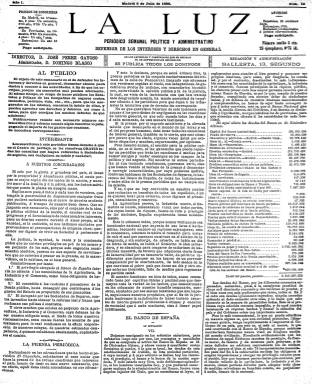
Título: La Luz (Madrid. 1888)
Colección: Periódicos
Ámbito geográfico: Madrid
Lugar de publicación: Madrid
Fechas: 08/07/1888-31/03/1889

Este semanario continúa la secuencia, formato y diseño  de El Capuchón, así como su contenido, pues su objeto es  “defender los intereses y derechos en general, denunciar abusos para darlos a conocer a las autoridades…”. Y más concretamente: “hacer públicos los estatutos y pólizas de las compañías de seguros contra incendios,  pedrisco, vida, etc, para que los asegurados en las mismas conozcan la índole de ellas y puedan apreciar sus derechos y deberes, así como a éstas para que corrijan los muchos defectos de que adolecen”.

   Dirigido ahora por el economista José Pérez Gayoso, en su primer número con el nuevo título, de 8 de julio de 1888,  avisa a sus suscriptores que tienen derecho a que en el Centro de peritaje se les resuelvan gratis todas las consultas que hagan referentes a sociedades de seguros. Este centro pericial, dirigido por José Medina y Heredia, que era antes el director de El Capuchón,  se declara primero y único en España e informa así de su funcionamiento: “cuando ocurra un incendio, el asegurado, antes de hacerlo a la compañía aseguradora, avisará inmediatamente a este centro, quien le instruirá de sus derechos y obligaciones, a más de los que aparezcan de la póliza del seguro, porque éstos ya  sabe todo el mundo que sólo favorecen a las Compañías”.

   Es pues una publicación de defensa de los consumidores, una de las primeras de España, y no duda es manifestar su compromiso en combatir los privilegios del Banco de España, de los rentistas o poseedores de Deuda pública, “hasta conseguir que contribuyan a los gastos del Estado en proporción a sus ganancias”, y otros privilegios que “existen en perjuicio de la Agricultura, la Industria y el Comercio, cuya defensa ha de ser nuestro obligado tema”.

     La prensa sensacionalista hacía su agosto en ese momento con el llamado crimen de Fuencarral, uno de los primeros sucesos en España que  atrajo de forma masiva la atención pública. La Luz fustigó a los periódicos por ello, acusándoles de no preocuparse por lo que de verdad interesaba a los ciudadanos: “No es que queramos valernos de este incidente para acusar a los periodistas de negligentes en las cuestiones de interés general, es que esto sucede todos los días y a cada momento de una manera lastimosa”.

En el número de 9 de Septiembre de 1888, y como ejemplo de su dedicación a la denuncia de los abusos, La Luz publica una durísima crítica al establecimiento para dementes del doctor Esquerdo, a quien acusa de haberse enriquecido con el centro y de no tratar bien a los internos. El artículo, titulado ‘La Casa manicomio de Esquerdo’, lleva los expresivos subtítulos de: ‘Cementerio de muertes civiles’ o ‘La inquisición privada’. Lo significativo de este artículo es que difiere notablemente de lo que podemos leer ahora, por ejemplo en la Wikipedia, donde se habla en términos elogiosos de este sanatorio que estaba situado en Carabanchel.

   Otro artículo que define bien el carácter de este semanario es el publicado en el número del 2 de diciembre de 1888, donde bajo el epígrafe ‘La sinceridad electoral’ el director da a conocer un sistema matemático para intentar evitar el fraude en las elecciones.

  Aparte de su contenido de denuncia y de sus artículos de índole económica, La Luz incluía poesías y algunas informaciones curiosas para hacer menos árida su lectura. A partir de abril de 1889 pasó a publicarse bajo el título de El Sol, dado que con el nombre de La Luz se venía editando ya una publicación de la Iglesia Evangélica.

[Descripción publicada el 26/7/2018]